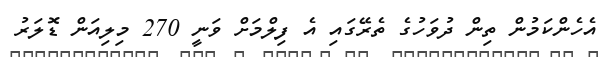
އެހެންކަމުން ތިން ދުވަހުގެ ތެރޭގައި އެ ފިލްމަށް ވަނީ 270 މިލިއަން ޑޮލަރު